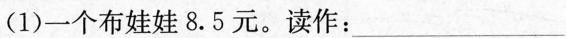
（1）一个布娃娃8.5元。读作:___